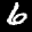
Label: 6